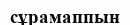
сұрамаппын